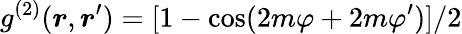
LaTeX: g^{(2)}(\boldsymbol{r},\boldsymbol{r}^{\prime})=[1-\cos(2m\varphi+2m\varphi^{\prime})]/2